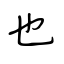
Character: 也